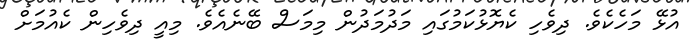
އުޅޭ މަހެކެވެ. ދިވެހި ކެޔޮޅުކަމުގައި މަދުމަދުން މިމަސް ބޭނެއެވެ. މިއީ ދިވެހިން ކެއުމަށް